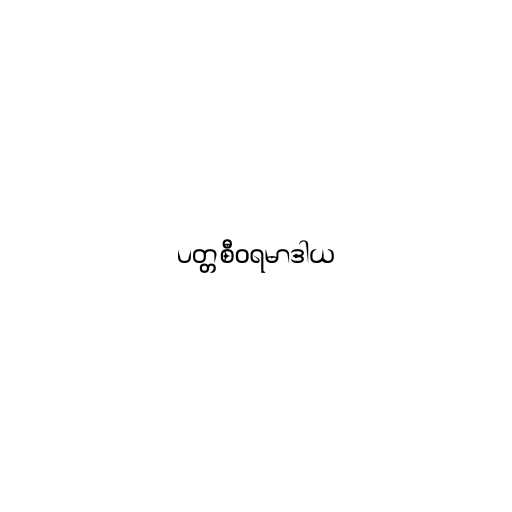
ပတ္တစီဝရမာဒါယ